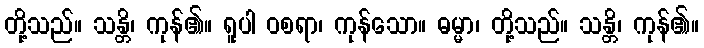
တို့သည်။ သန္တိ၊ ကုန်၏။ ရူပါ ဝစရာ၊ ကုန်သော။ ဓမ္မာ၊ တို့သည်။ သန္တိ၊ ကုန်၏။